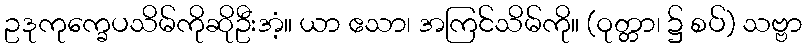
ဥဒုကုက္ခေပသိမ်ကိုဆိုဦးအံ့။ ယာ ဧသာ၊ အကြင်သိမ်ကို။ (ဝုတ္တာ၊ ၌ စပ်) သဗ္ဗာ